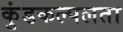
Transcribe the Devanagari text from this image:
कुंडकल्पलता